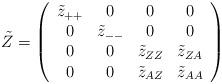
LaTeX: \begin{align*}\tilde {Z}=\left(\begin{array}{cccc}\tilde {z}_{++}&0&0&0\\0&\tilde{z}_{--}&0&0\\0&0&\tilde {z}_{ZZ}&\tilde {z}_{ZA}\\0&0&\tilde {z}_{AZ}&\tilde {z}_{AA}\\\end{array}\right)\end{align*}